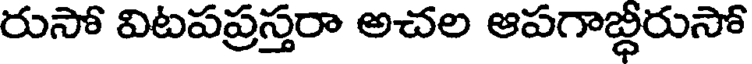
రుసో విటపప్రస్తరా అచల ఆపగాబ్ధీరుసో